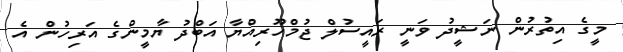
މީގެ އިތުރުން ނަޝީދު ވަނީ ރައީސުލް ޖުމްހޫރިއްޔާ އަބްދު ޔާމީންގެ އަރިހުން އެ